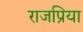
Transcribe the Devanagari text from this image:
राजप्रिया